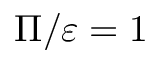
\Pi / \varepsilon = 1